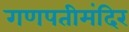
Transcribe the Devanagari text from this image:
गणपतीमंदिर